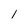
Character: 1